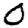
Digit: 0